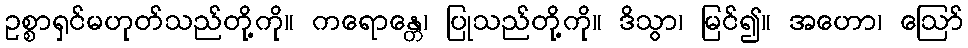
ဥစ္စာရှင်မဟုတ်သည်တို့ကို။ ကရောန္တေ၊ ပြုသည်တို့ကို။ ဒိသွာ၊ မြင်၍။ အဟော၊ ဩော်